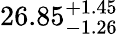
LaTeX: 26.85_{-1.26}^{+1.45}